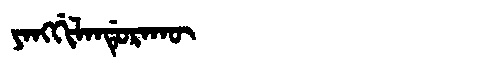
Manchu: ᠶᠠᠩᡤᡳᠯᠠᠨᡩᡠᡵᠠᡴᡡ
Romanization: YANGGILANDURAKŪ